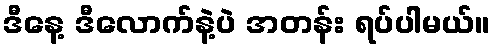
ဒီနေ့ ဒီလောက်နဲ့ပဲ အတန်း ရပ်ပါမယ်။